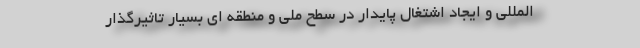
المللی و ایجاد اشتغال پایدار در سطح ملی و منطقه ای بسیار تاثیرگذار